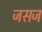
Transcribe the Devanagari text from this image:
जसज